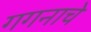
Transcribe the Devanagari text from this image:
गगनाचे